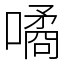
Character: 噊